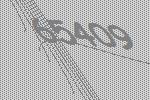
65409